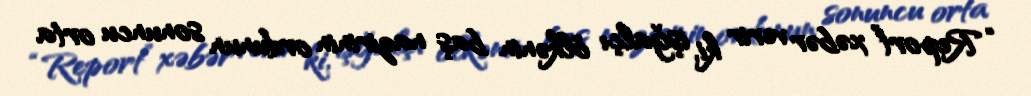
“Report” xəbər verir ki, işğalçı ölkənin baş nazirinin ordunun sonuncu orta